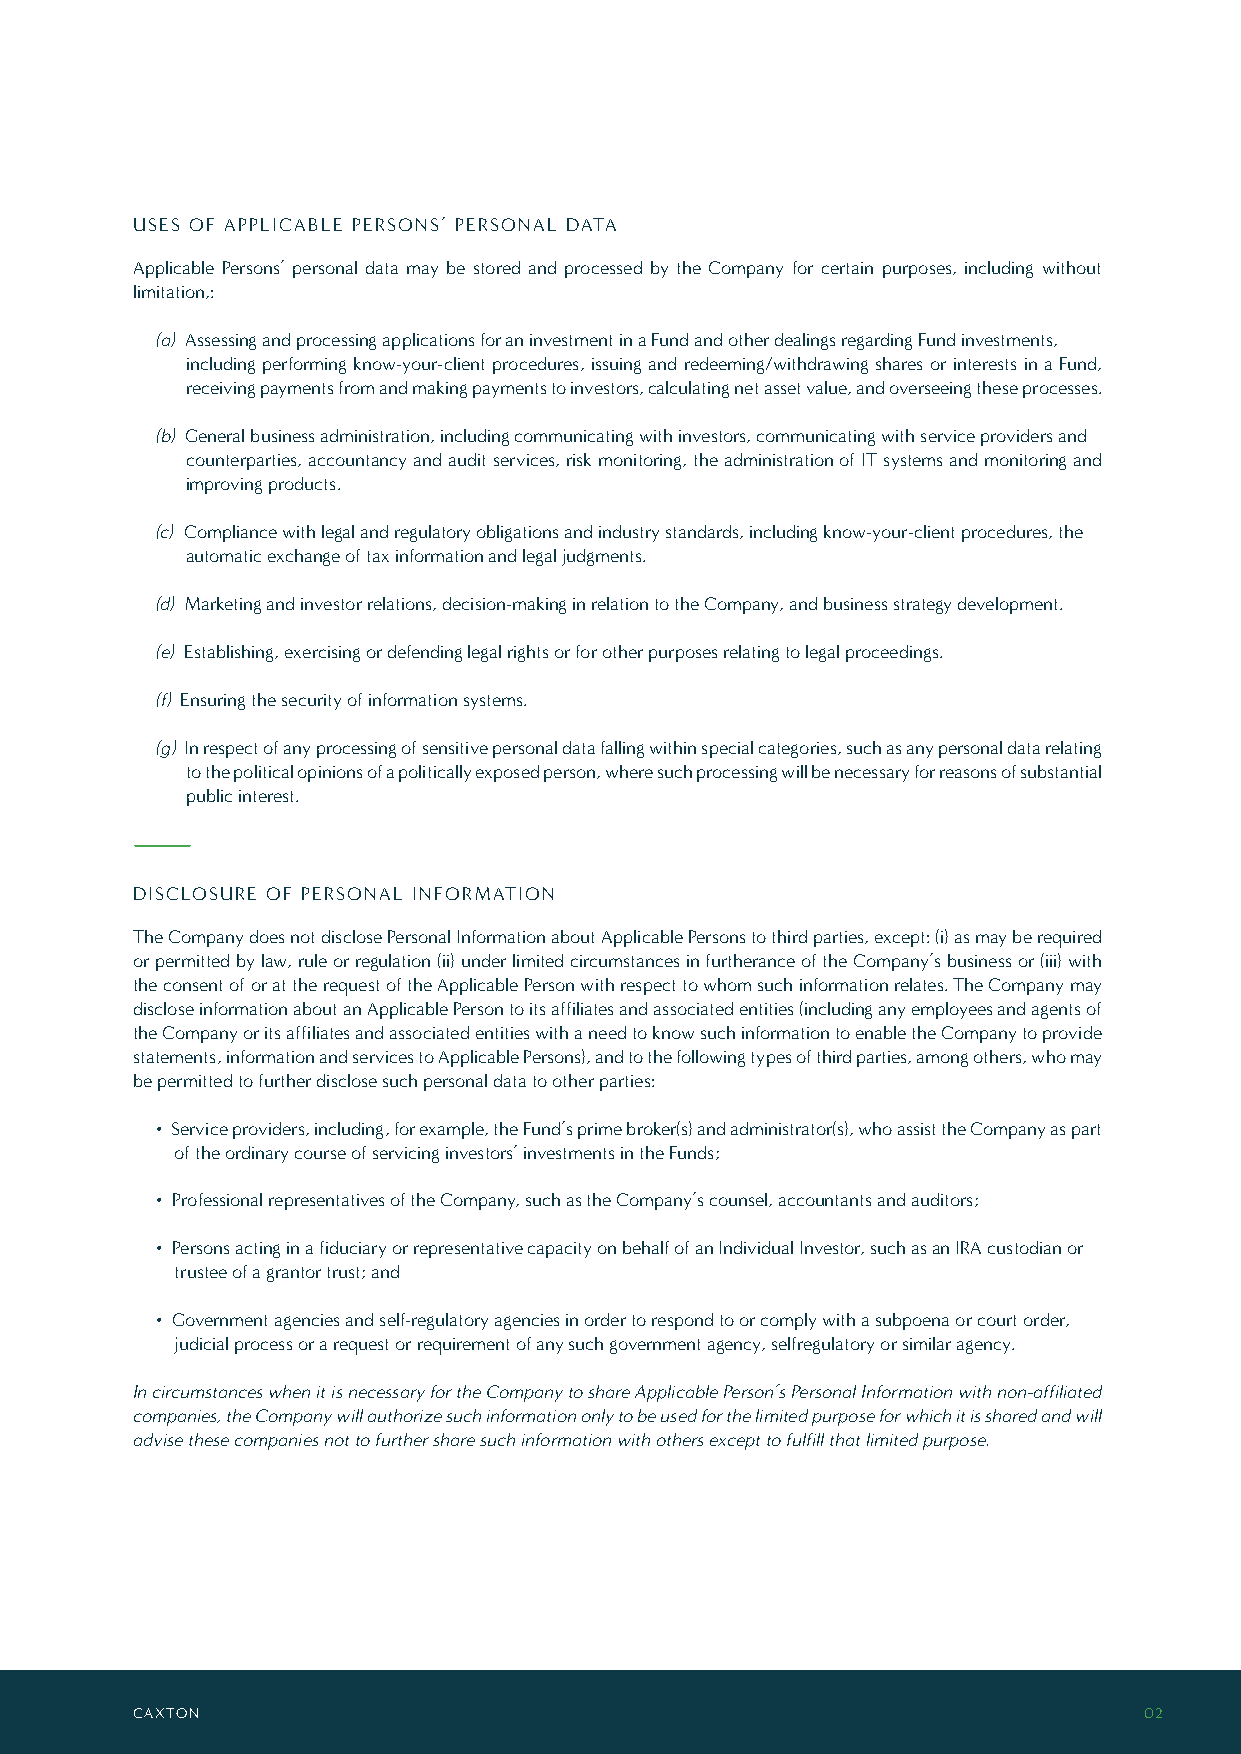
USES OF APPLICABLE PERSONS’ PERSONAL DATA
 Applicable Persons’ personal data may be stored and processed by the Company for certain purposes, including without
 limitation,:
 (a) Assessing and processing applications for an investment in a Fund and other dealings regarding Fund investments,
 including performing know-your-client procedures, issuing and redeeming/withdrawing shares or interests in a Fund,
 receiving payments from and making payments to investors, calculating net asset value, and overseeing these processes.
 (b) General business administration, including communicating with investors, communicating with service providers and
 counterparties, accountancy and audit services, risk monitoring, the administration of IT systems and monitoring and
 improving products.
 (c) Compliance with legal and regulatory obligations and industry standards, including know-your-client procedures, the
 automatic exchange of tax information and legal judgments.
 (d) Marketing and investor relations, decision-making in relation to the Company, and business strategy development.
 (e) Establishing, exercising or defending legal rights or for other purposes relating to legal proceedings.
 (f) Ensuring the security of information systems.
 (g) In respect of any processing of sensitive personal data falling within special categories, such as any personal data relating
 to the political opinions of a politically exposed person, where such processing will be necessary for reasons of substantial
 public interest.
 DISCLOSURE OF PERSONAL INFORMATION
 The Company does not disclose Personal Information about Applicable Persons to third parties, except: (i) as may be required
 or permitted by law, rule or regulation (ii) under limited circumstances in furtherance of the Company’s business or (iii) with
 the consent of or at the request of the Applicable Person with respect to whom such information relates. The Company may
 disclose information about an Applicable Person to its affiliates and associated entities (including any employees and agents of
 the Company or its affiliates and associated entities with a need to know such information to enable the Company to provide
 statements, information and services to Applicable Persons), and to the following types of third parties, among others, who may
 be permitted to further disclose such personal data to other parties:
 • Service providers, including, for example, the Fund’s prime broker(s) and administrator(s), who assist the Company as part
 of the ordinary course of servicing investors’ investments in the Funds;
 • Professional representatives of the Company, such as the Company’s counsel, accountants and auditors;
 • Persons acting in a fiduciary or representative capacity on behalf of an Individual Investor, such as an IRA custodian or
 trustee of a grantor trust; and
 • Government agencies and self-regulatory agencies in order to respond to or comply with a subpoena or court order,
 judicial process or a request or requirement of any such government agency, selfregulatory or similar agency.
 In circumstances when it is necessary for the Company to share Applicable Person’s Personal Information with non-affiliated
 companies, the Company will authorize such information only to be used for the limited purpose for which it is shared and will
 advise these companies not to further share such information with others except to fulfill that limited purpose.
 CAXTON                                                             02